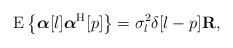
LaTeX: \begin{align*}\mathrm{E}\left\{\boldsymbol{\alpha}[l]\boldsymbol{\alpha}^{\mathrm{H}}[p]\right\}=\sigma_l^2\delta[l-p]\mathbf{R},\end{align*}